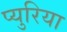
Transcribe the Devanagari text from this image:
प्युरिया